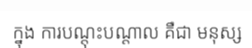
ក្នុង ការបណ្តុះបណ្តាល គឺជា មនុស្ស